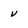
Character: v